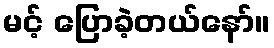
မင့် ပြောခဲ့တယ်နော်။